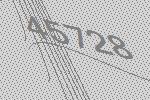
45728